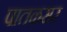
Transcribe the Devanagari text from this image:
पातळसर